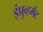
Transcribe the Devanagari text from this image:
इंप्रुव्हमेंट